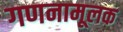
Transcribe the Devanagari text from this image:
गणनामूलक